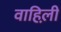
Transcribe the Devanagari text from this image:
वाहिली़